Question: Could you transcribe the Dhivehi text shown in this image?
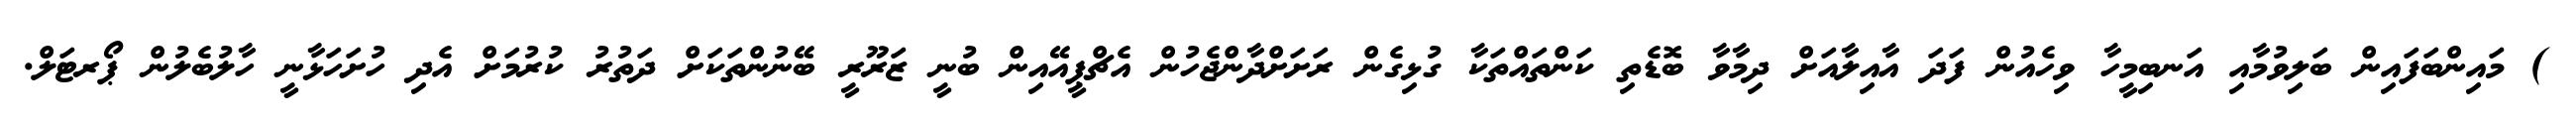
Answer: ) މައިންބަފައިން ބަލިވުމާއި އަނބިމީހާ ވިހެއުން ފަދަ އާއިލާއަށް ދިމާވާ ބޮޑެތި ކަންތައްތަކާ ގުޅިގެން ރަށަށްދާންޖެހުން އެޗްޕީއޭއިން ބުނީ ޒަރޫރީ ބޭނުންތަކަށް ދަތުރު ކުރުމަށް އެދި ހުށަހަޅާނީ ހާލުބެލުން ޕޯރޓަލް.